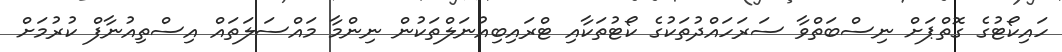
ހައިކޯޓުގެ ގޮތްޕަށް ނިސްބަތްވާ ސަރަހައްދުތަކުގެ ކޯޓުތަކާއި ޓްރައިބިއުނަލްތަކުން ނިންމާ މައްސަލަތައް އިސްތިއުނާފް ކުރުމަށް